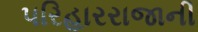
પરિહારરાજાની